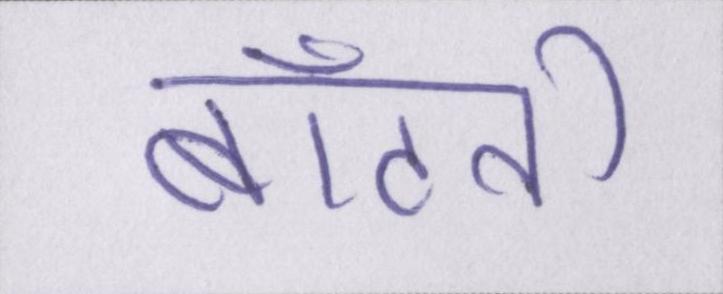
बाँटती